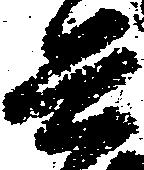
兵